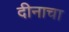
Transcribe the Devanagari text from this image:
दीनाचा